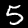
Label: 5